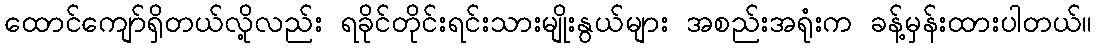
ထောင်ကျော်ရှိတယ်လို့လည်း ရခိုင်တိုင်းရင်းသားမျိုးနွယ်များ အစည်းအရုံးက ခန့်မှန်းထားပါတယ်။